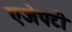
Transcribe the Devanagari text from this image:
एजेपटी